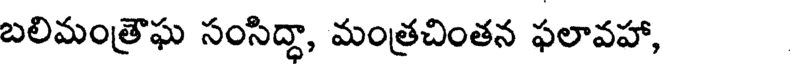
బలిమంత్రౌఘ సంసిద్దా, మంత్రచింతన ఫలావహా,